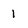
Character: 1